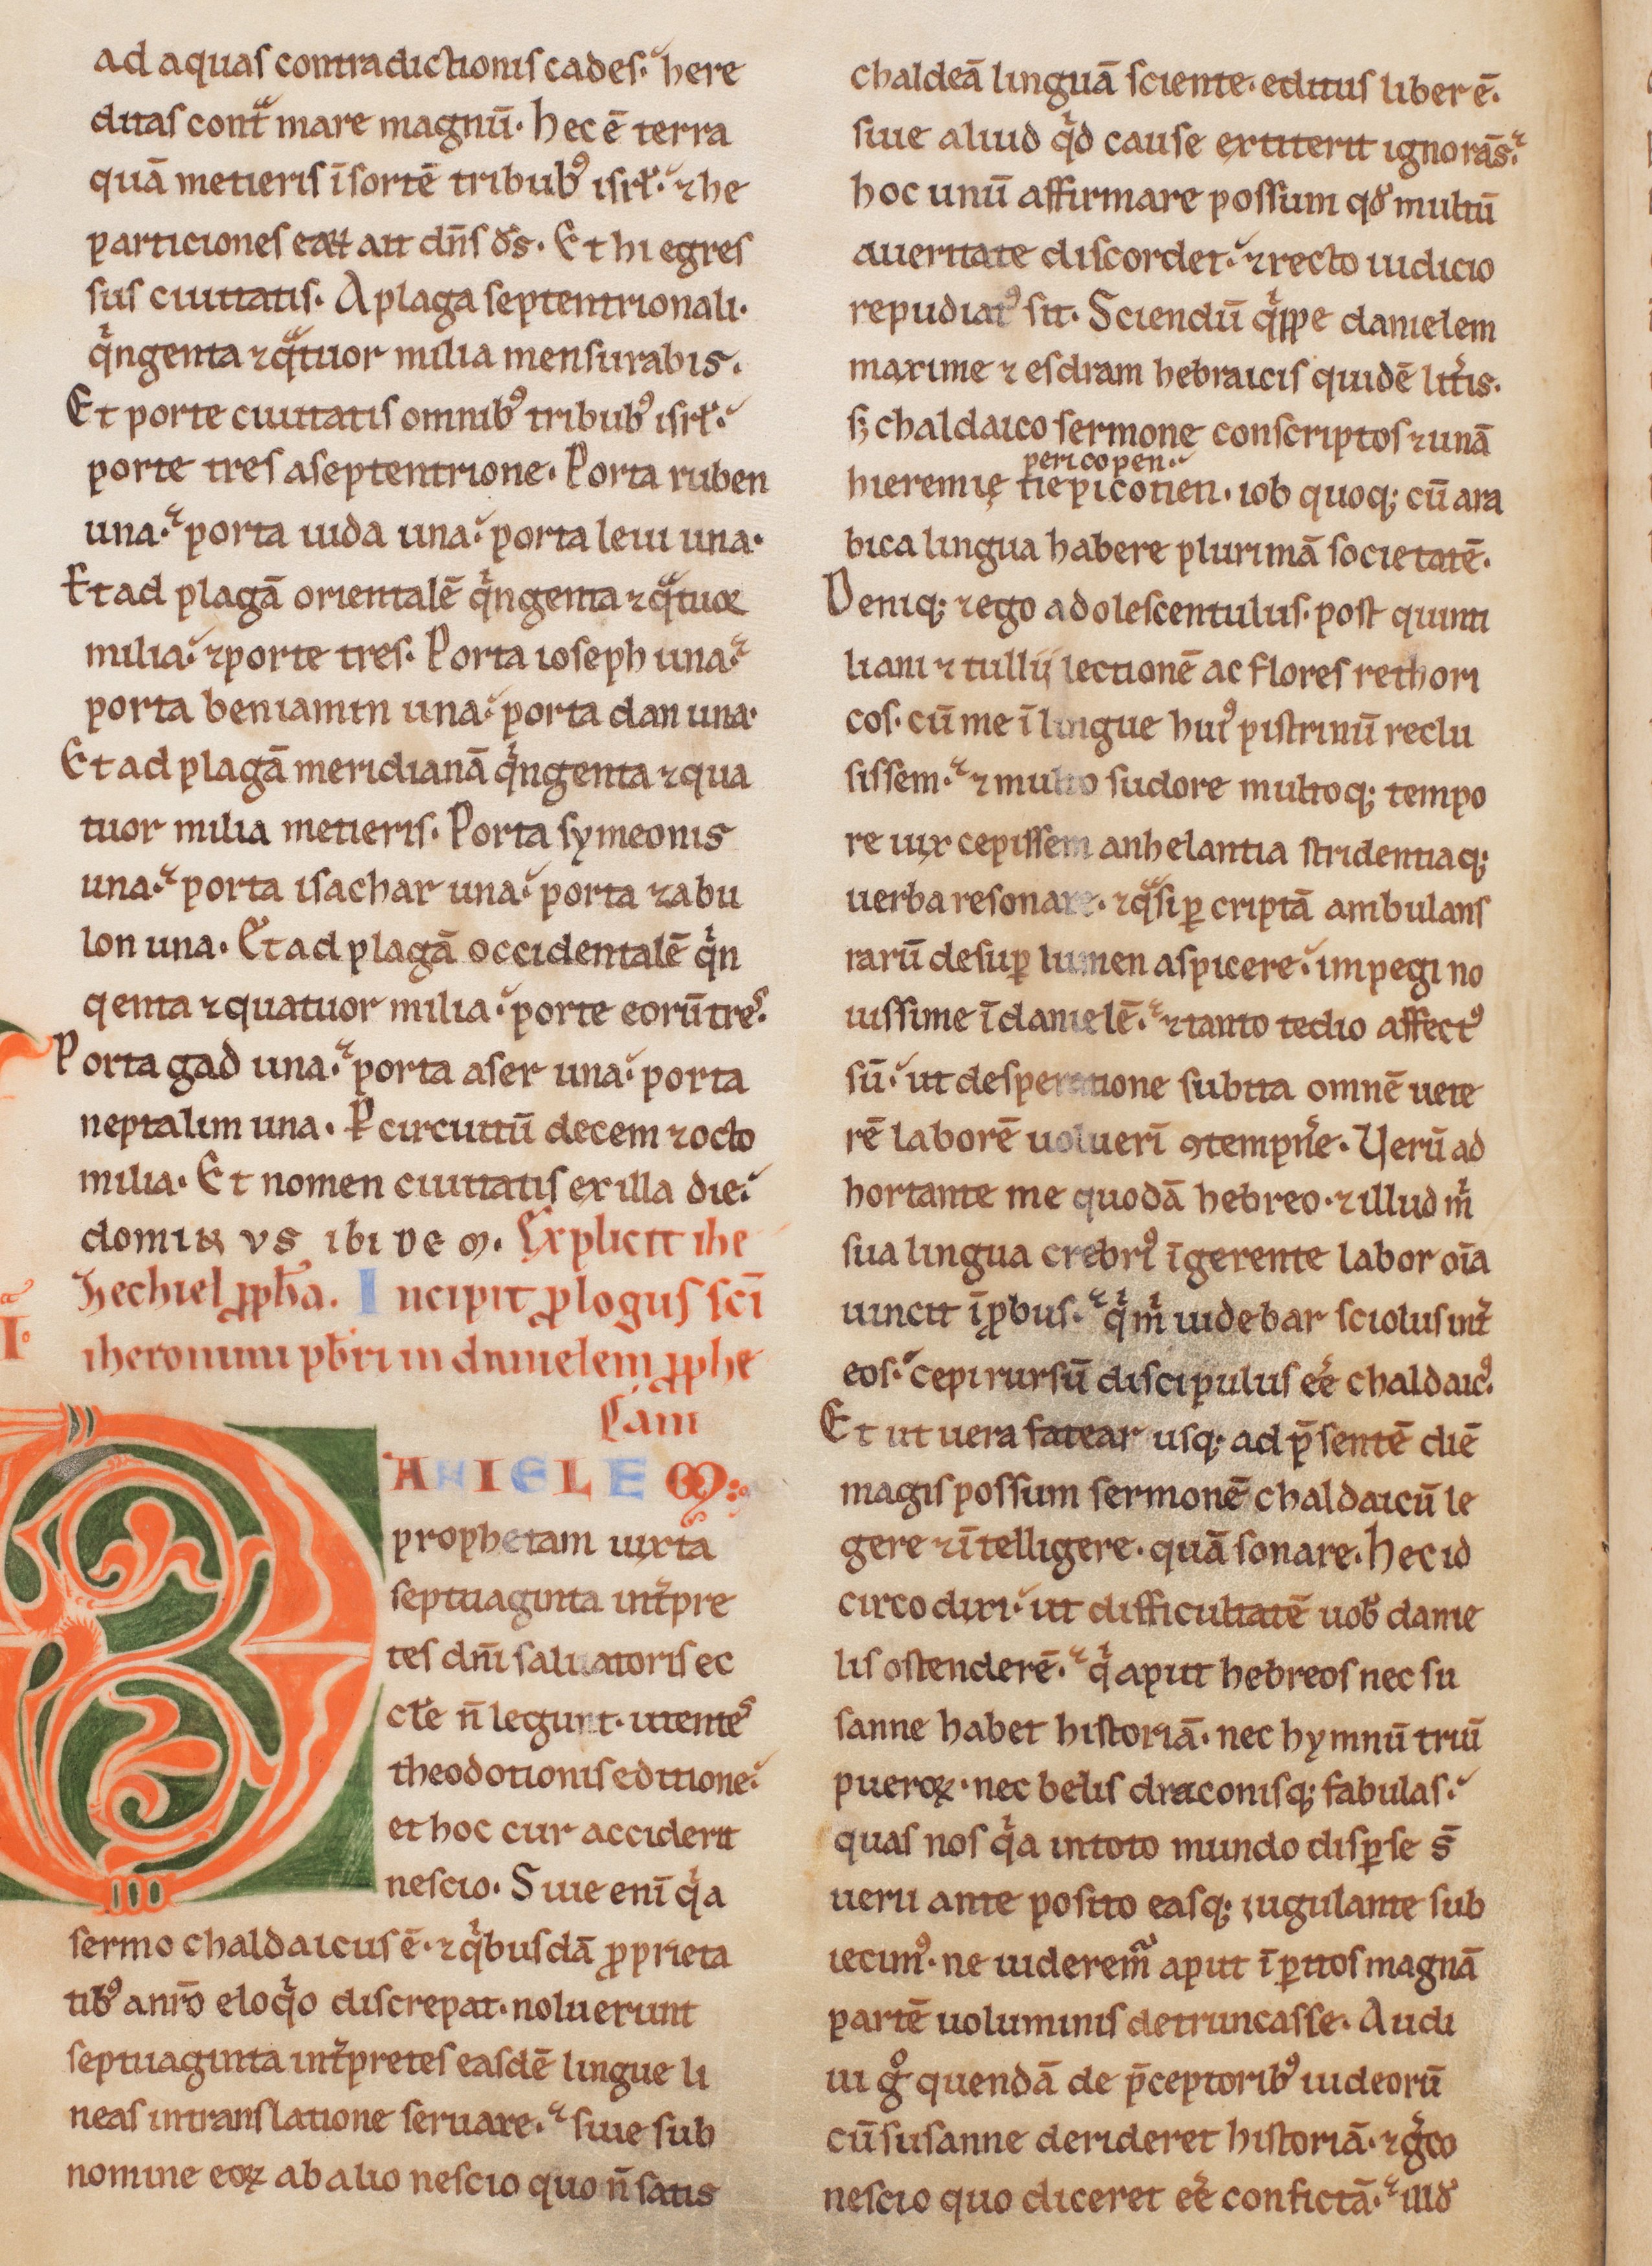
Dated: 1200–1249